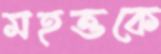
মহত্তকে